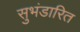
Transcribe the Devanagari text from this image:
सुभंडारित